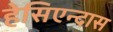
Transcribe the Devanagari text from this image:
हेसिएन्दास